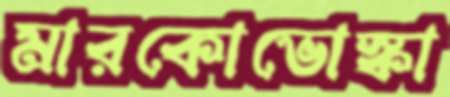
মারকোভোস্কা